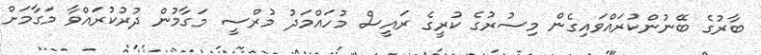
ބާރުގެ ބޭނުންކުރައްވައިގެން މިސުރުގެ ކުރީގެ ރައީސް މުހައްމަދު މުރްސީ މަގާމުން ދުރުކުރައްވާ މަގާމަށް